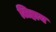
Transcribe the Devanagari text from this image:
लिहाय